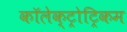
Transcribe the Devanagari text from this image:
कॉलेक्ट्रोट्रिकम